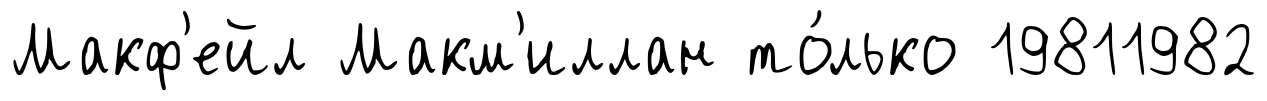
Макф'ейл Макм'иллан то́лько 19811982